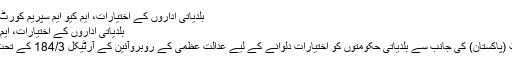
بلدیاتی اداروں کے اختیارات، ایم کیو ایم سپریم کورٹ پہنچ گئی mqm-pakistan
بلدیاتی اداروں کے اختیارات، ایم کیو ایم سپریم کورٹ پہنچ گئی
کراچی : متحد ہ قومی مو ومنٹ (پاکستان) کی جانب سے بلدیاتی حکومتوں کو اختیارات دلوانے کے لیے عدالت عظمیٰ کے روبروآئین کے آرٹیکل 184/3 کے تحت آئینی درخواست دائر کی ہے۔